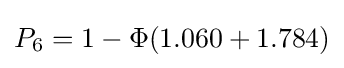
P_{6}=1-\Phi (1.060+1.784)